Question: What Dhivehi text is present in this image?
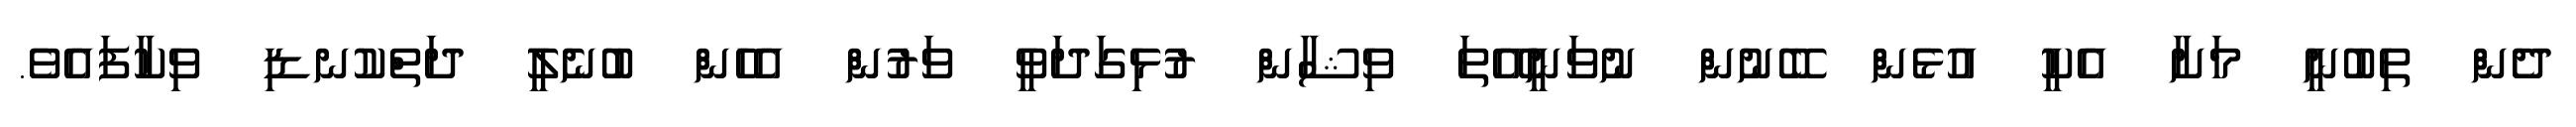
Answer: ދެން ތިބުނީ މަށާ އެކީ އުޅެން ބޭނުން ނުވަނީއޭތަ ވިޝާން ރުޅިގަދަވީ ވަރުން އެހެން ބުނެލީ ދަތްކުނޑި ވިކާފައެވެ.